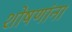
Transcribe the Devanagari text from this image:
शोषणांना